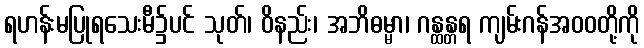
ရဟန်းမပြုရသေးမီ၌ပင် သုတ်၊ ဝိနည်း၊ အဘိဓမ္မာ၊ ဂန္ထန္တရ ကျမ်းဂန်အဝဝတို့ကို